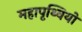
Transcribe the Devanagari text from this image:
महापृथ्वियों